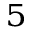
^ { 5 }